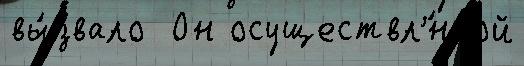
вы́звало  Он осуществл'́нной